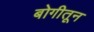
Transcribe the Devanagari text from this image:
बोगीतून